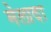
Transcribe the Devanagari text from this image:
मेलादा